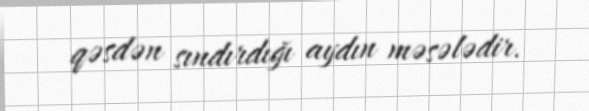
qəsdən sındırdığı aydın məsələdir.